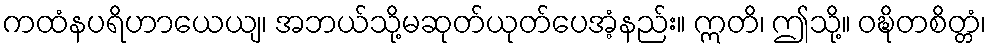
ကထံနပရိဟာယေယျ၊ အဘယ်သို့မဆုတ်ယုတ်ပေအံ့နည်း။ ဣတိ၊ ဤသို့။ ဝဍ္ဎိတစိတ္တံ၊